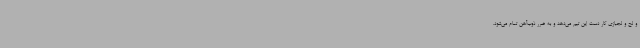
و لج و لجبازی کار دست این تیم می‌دهد و به ضرر ذوب‌آهن تمام می‌شود.